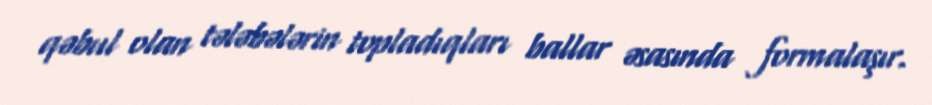
qəbul olan tələbələrin topladıqları ballar əsasında formalaşır.